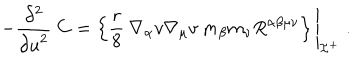
- \frac { \partial ^ { 2 } } { { \partial u } ^ { 2 } } \: { \bf C } = \left\{ \frac { r } { 8 } \: \nabla _ { \alpha } v \nabla _ { \mu } v \: m _ { \beta } m _ { \nu } R ^ { \alpha \beta \mu \nu } \right\} \Biggl | _ { { \cal I } ^ { + } } \; .